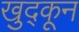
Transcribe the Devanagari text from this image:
खुद्कून